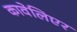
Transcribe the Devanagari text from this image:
कावेलिएर